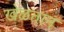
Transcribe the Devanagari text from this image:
खेळतान